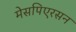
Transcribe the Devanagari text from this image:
मेसपिएरसन